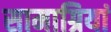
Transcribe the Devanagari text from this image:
सामाग्रियां